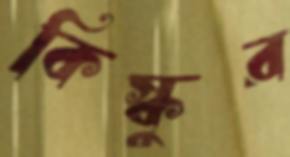
কিস্কুর